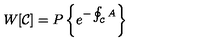
W [ { \cal C } ] = P \left\{ e ^ { - \oint _ { \cal C } A } \right\}